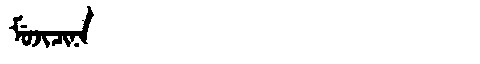
Manchu: ᠮᡠᠵᡳᠴᡳᠨᠠ
Romanization: MUJICINA